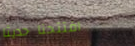
افتتحنا حديثاً